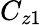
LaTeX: C_{z1}